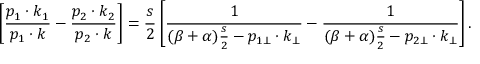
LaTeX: \left[ \frac { p _ { 1 } \cdot k _ { 1 } } { p _ { 1 } \cdot k } - \frac { p _ { 2 } \cdot k _ { 2 } } { p _ { 2 } \cdot k } \right] = \frac { s } { 2 } \left[ \frac { 1 } { ( \beta + \alpha ) \frac { s } { 2 } - p _ { 1 \bot } \cdot k _ { \bot } } - \frac { 1 } { ( \beta + \alpha ) \frac { s } { 2 } - p _ { 2 \bot } \cdot k _ { \bot } } \right] .